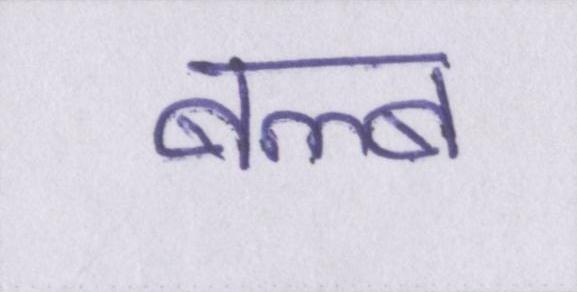
बल्ब